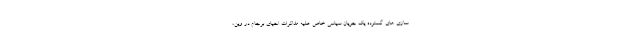
سازی های گسترده یک جریان سیاسی خاص علیه مذاکرات احیای برجام در وین،